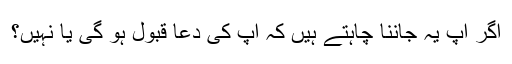
اگر آپ یہ جاننا چاہتے ہیں کہ آپ کی دعا قبول ہو گی یا نہیں؟